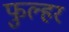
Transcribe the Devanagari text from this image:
फुल्हर